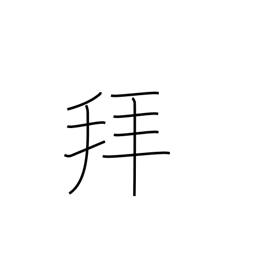
Meaning: pray to